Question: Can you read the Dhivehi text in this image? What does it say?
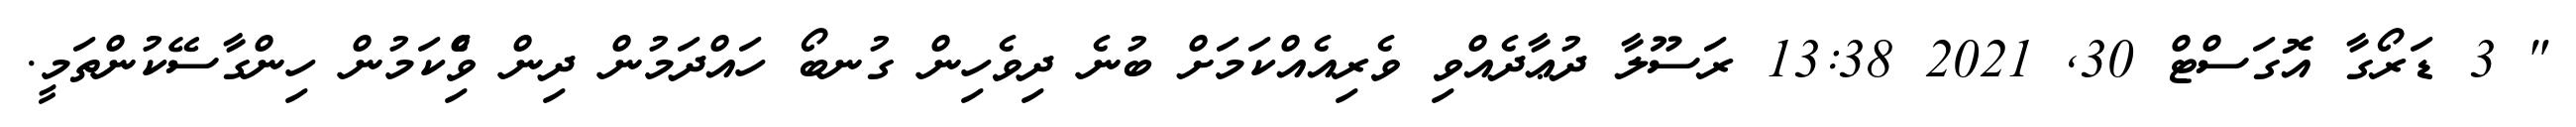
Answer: " 3 ޑަރޯގާ އޮގަސްޓް 30, 2021 13:38 ރަސޫލާ ދުޢާދެއްވި ވެރިއެއްކަމަށް ބުނެ ދިވެހިން ގުނބޯ ހައްދަމުން ދިން ވިެްކަމުން ހިންގާސޭކުންތަމީ.